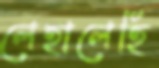
লেহালেহি